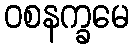
ဝစနက္ခမေ